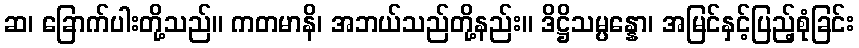
ဆ၊ ခြောက်ပါးတို့သည်။ ကတမာနိ၊ အဘယ်သည်တို့နည်း။ ဒိဋ္ဌိသမ္ပန္နော၊ အမြင်နှင့်ပြည့်စုံခြင်း